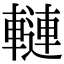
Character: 轋